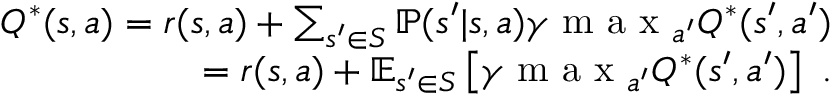
\begin{array} { r } { Q ^ { * } ( s , a ) = r ( s , a ) + \sum _ { { s ^ { \prime } \in S } } \mathbb { P } ( s ^ { \prime } | s , a ) \gamma \mathrm { ~ m ~ a ~ x ~ } _ { a ^ { \prime } } Q ^ { * } ( s ^ { \prime } , a ^ { \prime } ) } \\ { = r ( s , a ) + \mathbb { E } _ { s ^ { \prime } \in S } \left[ \gamma \mathrm { ~ m ~ a ~ x ~ } _ { a ^ { \prime } } Q ^ { * } ( s ^ { \prime } , a ^ { \prime } ) \right] ~ . } \end{array}